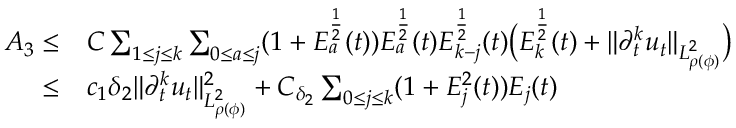
\begin{array} { r l } { A _ { 3 } \leq } & { C \sum _ { 1 \leq j \leq k } \sum _ { 0 \leq a \leq j } ( 1 + E _ { a } ^ { \frac { 1 } { 2 } } ( t ) ) E _ { a } ^ { \frac { 1 } { 2 } } ( t ) E _ { k - j } ^ { \frac { 1 } { 2 } } ( t ) \big ( E _ { k } ^ { \frac { 1 } { 2 } } ( t ) + \| \partial _ { t } ^ { k } u _ { t } \| _ { L _ { \rho ( \phi ) } ^ { 2 } } \big ) } \\ { \leq } & { c _ { 1 } \delta _ { 2 } \| \partial _ { t } ^ { k } u _ { t } \| _ { L _ { \rho ( \phi ) } ^ { 2 } } ^ { 2 } + C _ { \delta _ { 2 } } \sum _ { 0 \leq j \leq k } ( 1 + E _ { j } ^ { 2 } ( t ) ) E _ { j } ( t ) } \end{array}